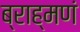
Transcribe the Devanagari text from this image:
ब्राह्मणं